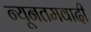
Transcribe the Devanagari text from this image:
न्यूनतमवादी